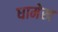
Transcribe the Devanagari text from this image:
धामेख